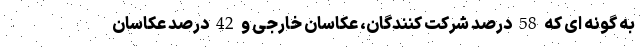
به گونه ای که 58 درصد شرکت کنندگان، عکاسان خارجی و 42 درصد عکاسان